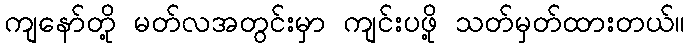
ကျနော်တို့ မတ်လအတွင်းမှာ ကျင်းပဖို့ သတ်မှတ်ထားတယ်။